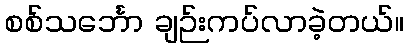
စစ်သင်္ဘော ချဉ်းကပ်လာခဲ့တယ်။